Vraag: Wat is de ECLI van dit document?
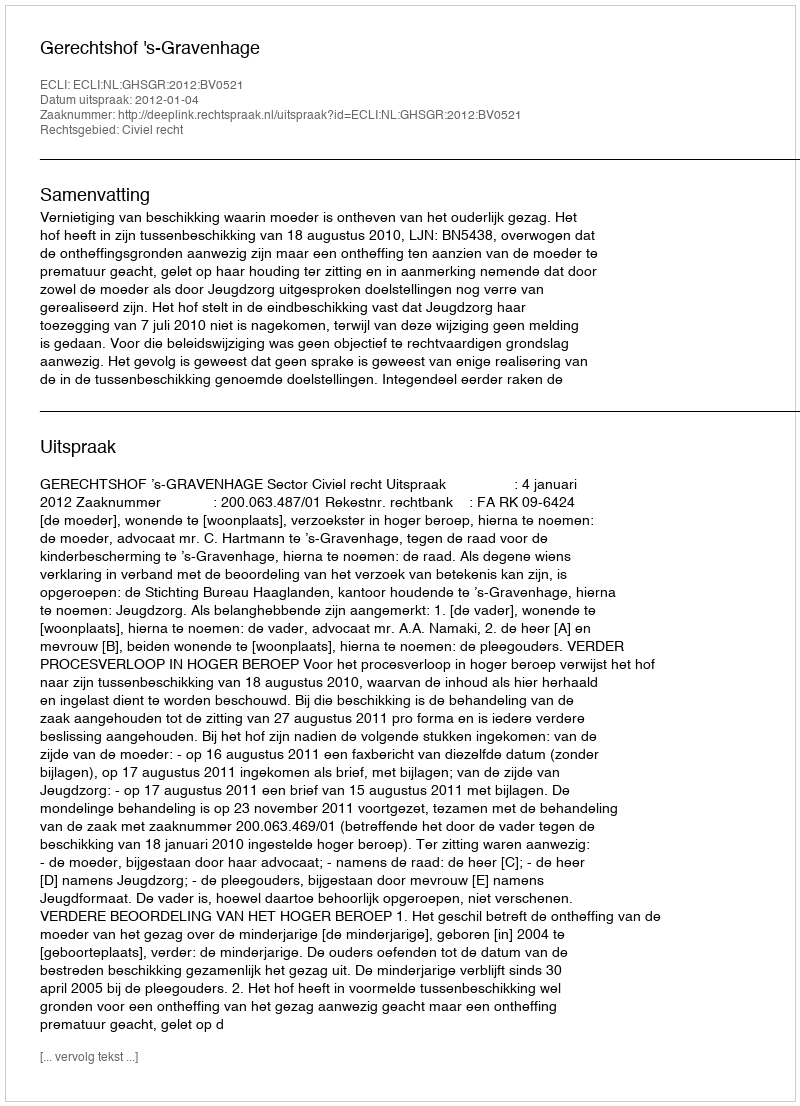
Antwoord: ECLI:NL:GHSGR:2012:BV0521